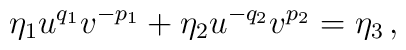
\eta_1 u^{q_1}v^{-p_1} + \eta_2 u^{-q_2}v^{p_2}=\eta_3 \,,